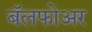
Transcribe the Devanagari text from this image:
बॅलफोअर